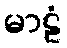
မာဠံ